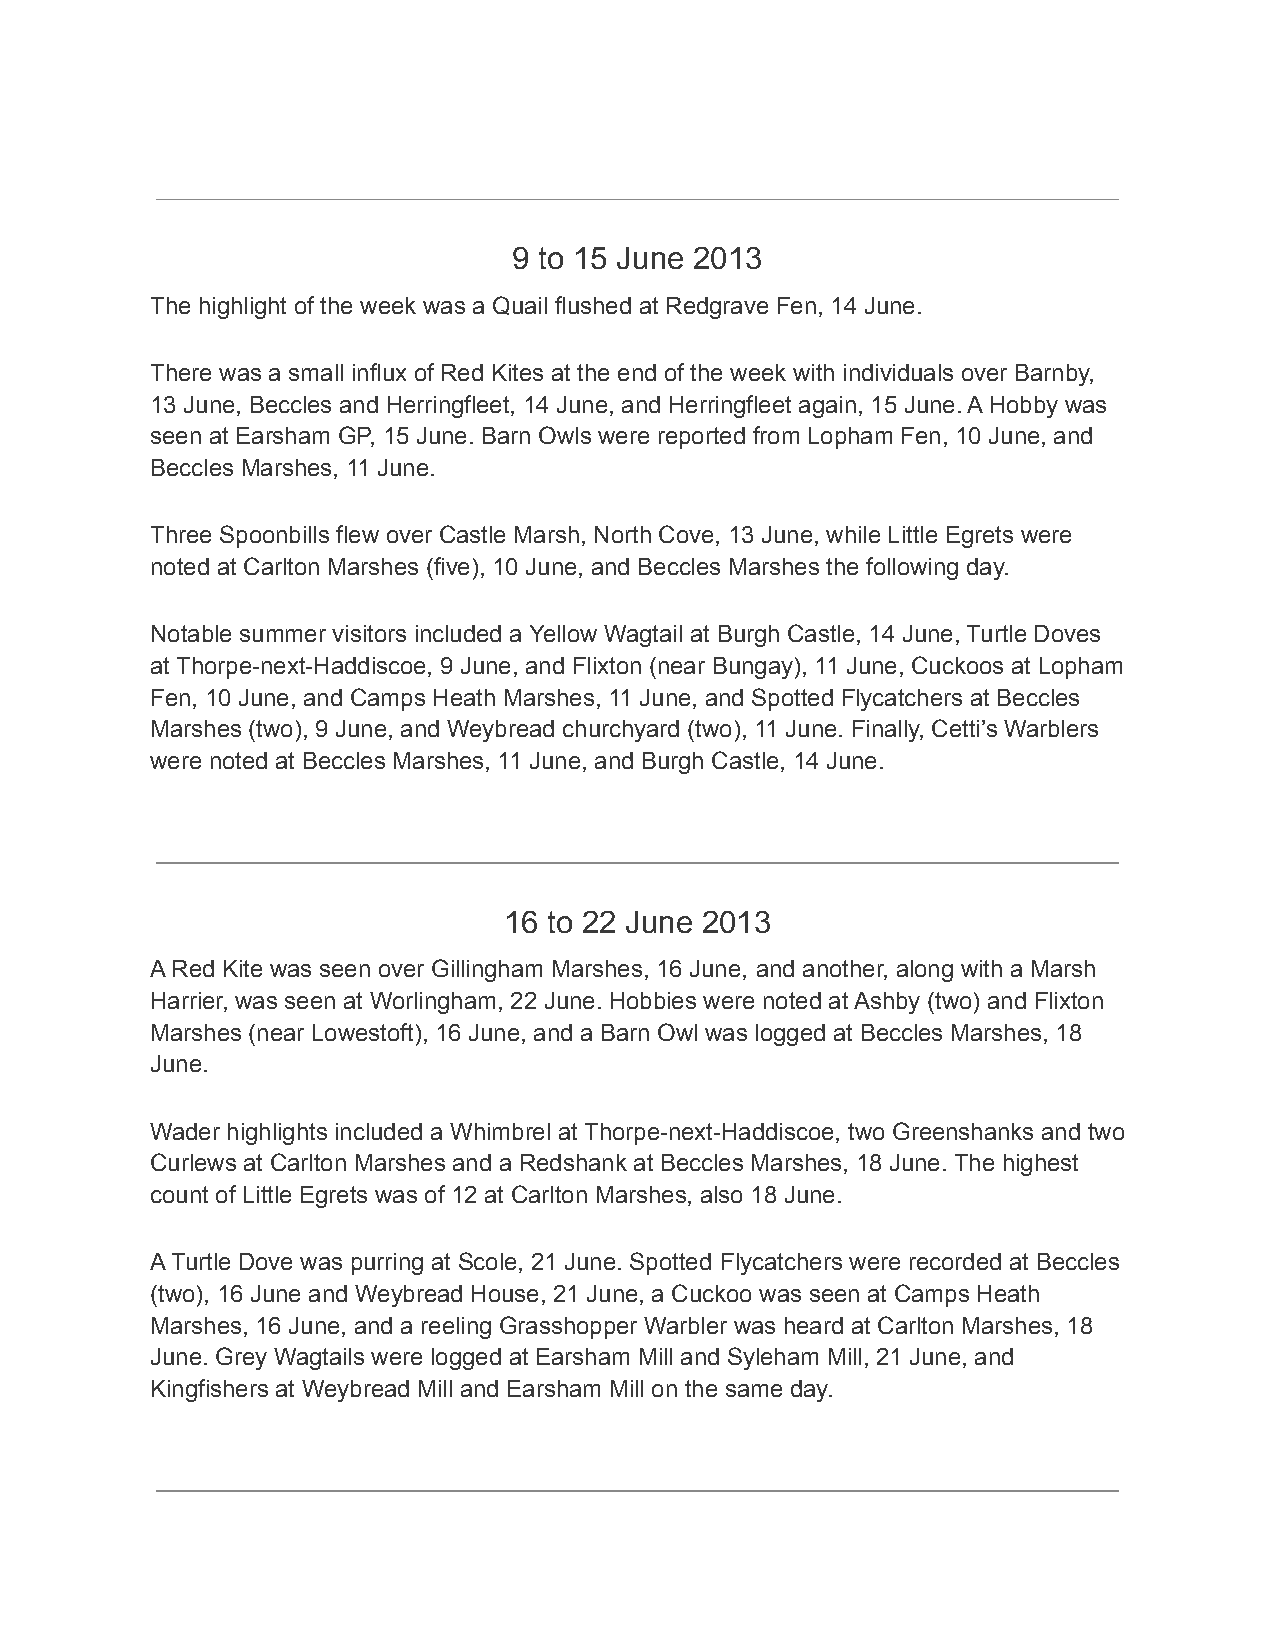
9 to 15 June 2013
 The highlight of the week was a Quail flushed at Redgrave Fen, 14 June.
 There was a small influx of Red Kites at the end of the week with individuals over Barnby,
 13 June, Beccles and Herringfleet, 14 June, and Herringfleet again, 15 June. A Hobby was
 seen at Earsham GP, 15 June. Barn Owls were reported from Lopham Fen, 10 June, and
 Beccles Marshes, 11 June.
 Three Spoonbills flew over Castle Marsh, North Cove, 13 June, while Little Egrets were
 noted at Carlton Marshes (five), 10 June, and Beccles Marshes the following day.
 Notable summer visitors included a Yellow Wagtail at Burgh Castle, 14 June, Turtle Doves
 at Thorpe-next-Haddiscoe, 9 June, and Flixton (near Bungay), 11 June, Cuckoos at Lopham
 Fen, 10 June, and Camps Heath Marshes, 11 June, and Spotted Flycatchers at Beccles
 Marshes (two), 9 June, and Weybread churchyard (two), 11 June. Finally, Cetti’s Warblers
 were noted at Beccles Marshes, 11 June, and Burgh Castle, 14 June.
 16 to 22 June 2013
 A Red Kite was seen over Gillingham Marshes, 16 June, and another, along with a Marsh
 Harrier, was seen at Worlingham, 22 June. Hobbies were noted at Ashby (two) and Flixton
 Marshes (near Lowestoft), 16 June, and a Barn Owl was logged at Beccles Marshes, 18
 June.
 Wader highlights included a Whimbrel at Thorpe-next-Haddiscoe, two Greenshanks and two
 Curlews at Carlton Marshes and a Redshank at Beccles Marshes, 18 June. The highest
 count of Little Egrets was of 12 at Carlton Marshes, also 18 June.
 A Turtle Dove was purring at Scole, 21 June. Spotted Flycatchers were recorded at Beccles
 (two), 16 June and Weybread House, 21 June, a Cuckoo was seen at Camps Heath
 Marshes, 16 June, and a reeling Grasshopper Warbler was heard at Carlton Marshes, 18
 June. Grey Wagtails were logged at Earsham Mill and Syleham Mill, 21 June, and
 Kingfishers at Weybread Mill and Earsham Mill on the same day.